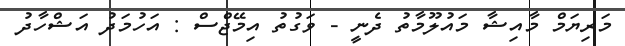
މަރިޔަމް މާއިޝާ މައުލޫމާތު ދެނީ - ވަގުތު އިމޭޖްސް : އަހުމަދު އަޝްހާދު